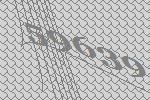
59639